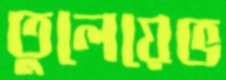
তুলেয়েভ